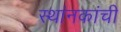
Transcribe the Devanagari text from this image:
स्थांनकांची